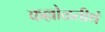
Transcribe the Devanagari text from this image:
कल्लोळतीर्थ